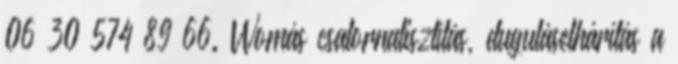
06 30 574 89 66. Womás csatornatisztítás, duguláselhárítás a